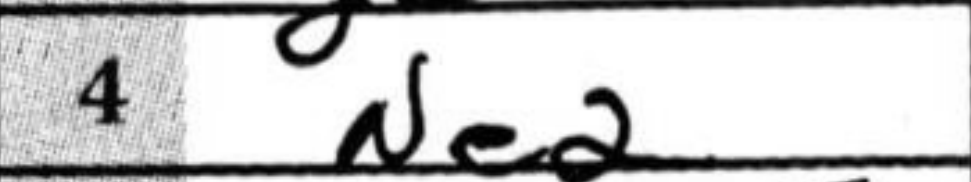
Transcription: Ne2